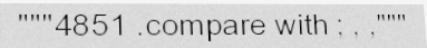
"""4851 .compare with ; , ,"""